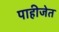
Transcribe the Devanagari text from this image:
पाहीजेत